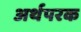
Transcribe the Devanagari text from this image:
अर्थपरक